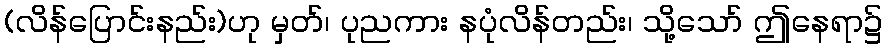
(လိန်ပြောင်းနည်း)ဟု မှတ်၊ ပုညကား နပုံလိန်တည်း၊ သို့သော် ဤနေရာ၌